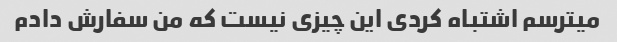
میترسم اشتباه کردی این چیزی نیست که من سفارش دادم